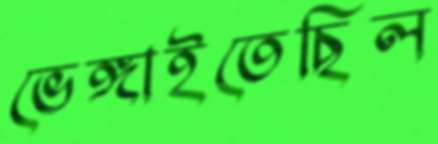
ভেঙ্গাইতেছিল